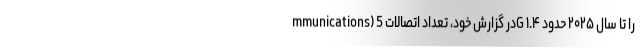
mmunications) در گزارش خود، تعداد اتصالات 5G را تا سال ۲۰۲۵ حدود ۱.۴